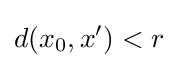
d(x_{0},x')<r